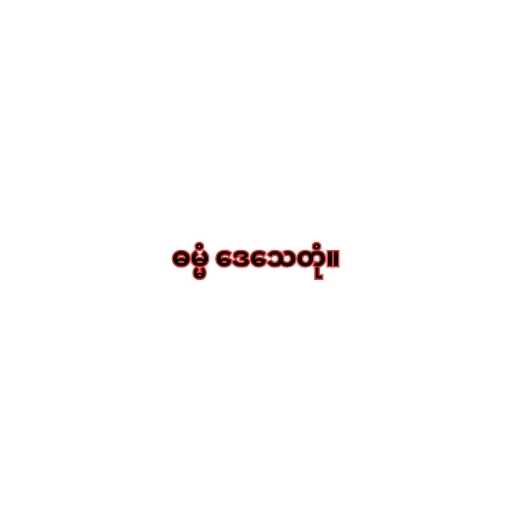
ဓမ္မံ ဒေသေတုံ။